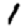
Digit: 1